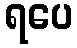
ရပေ